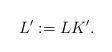
LaTeX: \begin{align*}L^\prime: = L K^\prime.\end{align*}